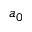
a _ { 0 }